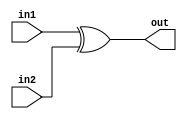
/*
   CS/ECE 552 Spring '20
   Homework #1, Problem 2

   2 input XOR
*/
module xor2 (in1,in2,out);
   input in1,in2;
   output out;
   assign out = in1 ^ in2;
endmodule